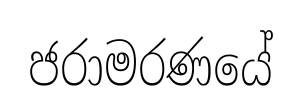
ජරාමරණයේ